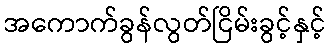
အကောက်ခွန်လွတ်ငြိမ်းခွင့်နှင့်